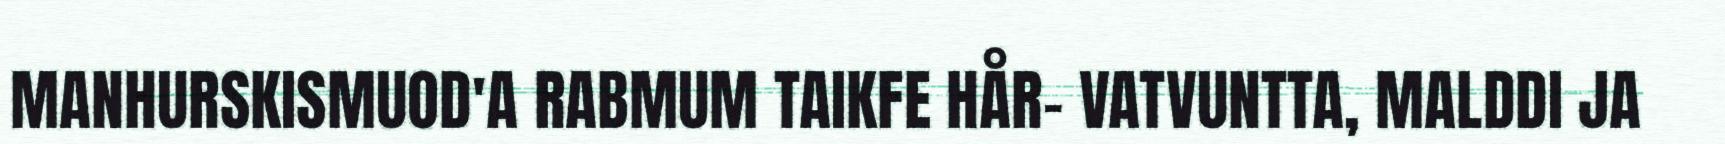
MANHURSKISMUOD'A RABMUM TAIKFE HÅR- VATVUNTTA, MALDDI JA